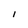
Character: I